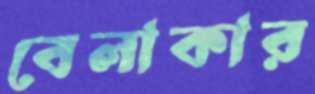
বেলাকার